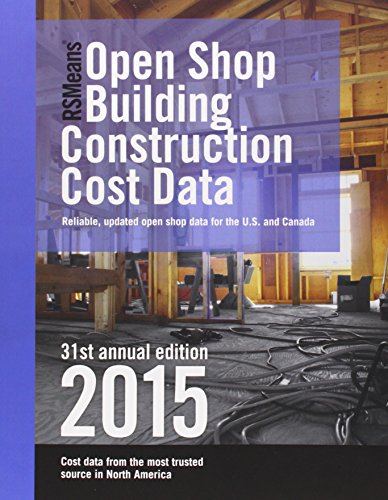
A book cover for RSMeans Open Shop Building Construction Cost Data 2015 (Rsmeans Open Shop Bccd); Arts & Photography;